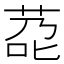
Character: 莻